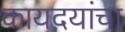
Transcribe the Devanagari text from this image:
कायदयांचा